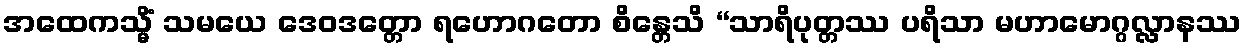
အထေကသ္မိံ သမယေ ဒေဝဒတ္တော ရဟောဂတော စိန္တေသိ “သာရိပုတ္တဿ ပရိသာ မဟာမောဂ္ဂလ္လာနဿ